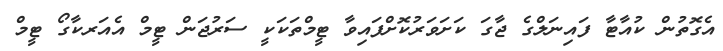
އެގޮތުން ކުއާޓާ ފައިނަލްގެ ޖާގަ ކަށަވަރުކޮށްފައިވާ ޓީމްތަކަކީ ސަރުޖަން ޓީމް އެއަރކާގޯ ޓީމް